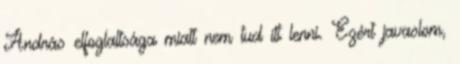
András elfoglaltsága miatt nem tud itt lenni. Ezért javaslom,